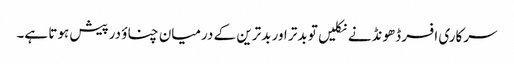
سرکاری افسر ڈھونڈنے نکلیں تو بدتر اور بدترین کے درمیان چناؤ درپیش ہوتا ہے۔